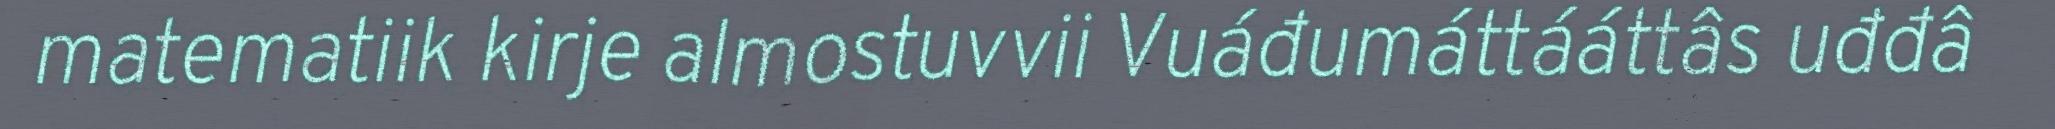
matematiik kirje almostuvvii Vuáđumáttááttâs uđđâ